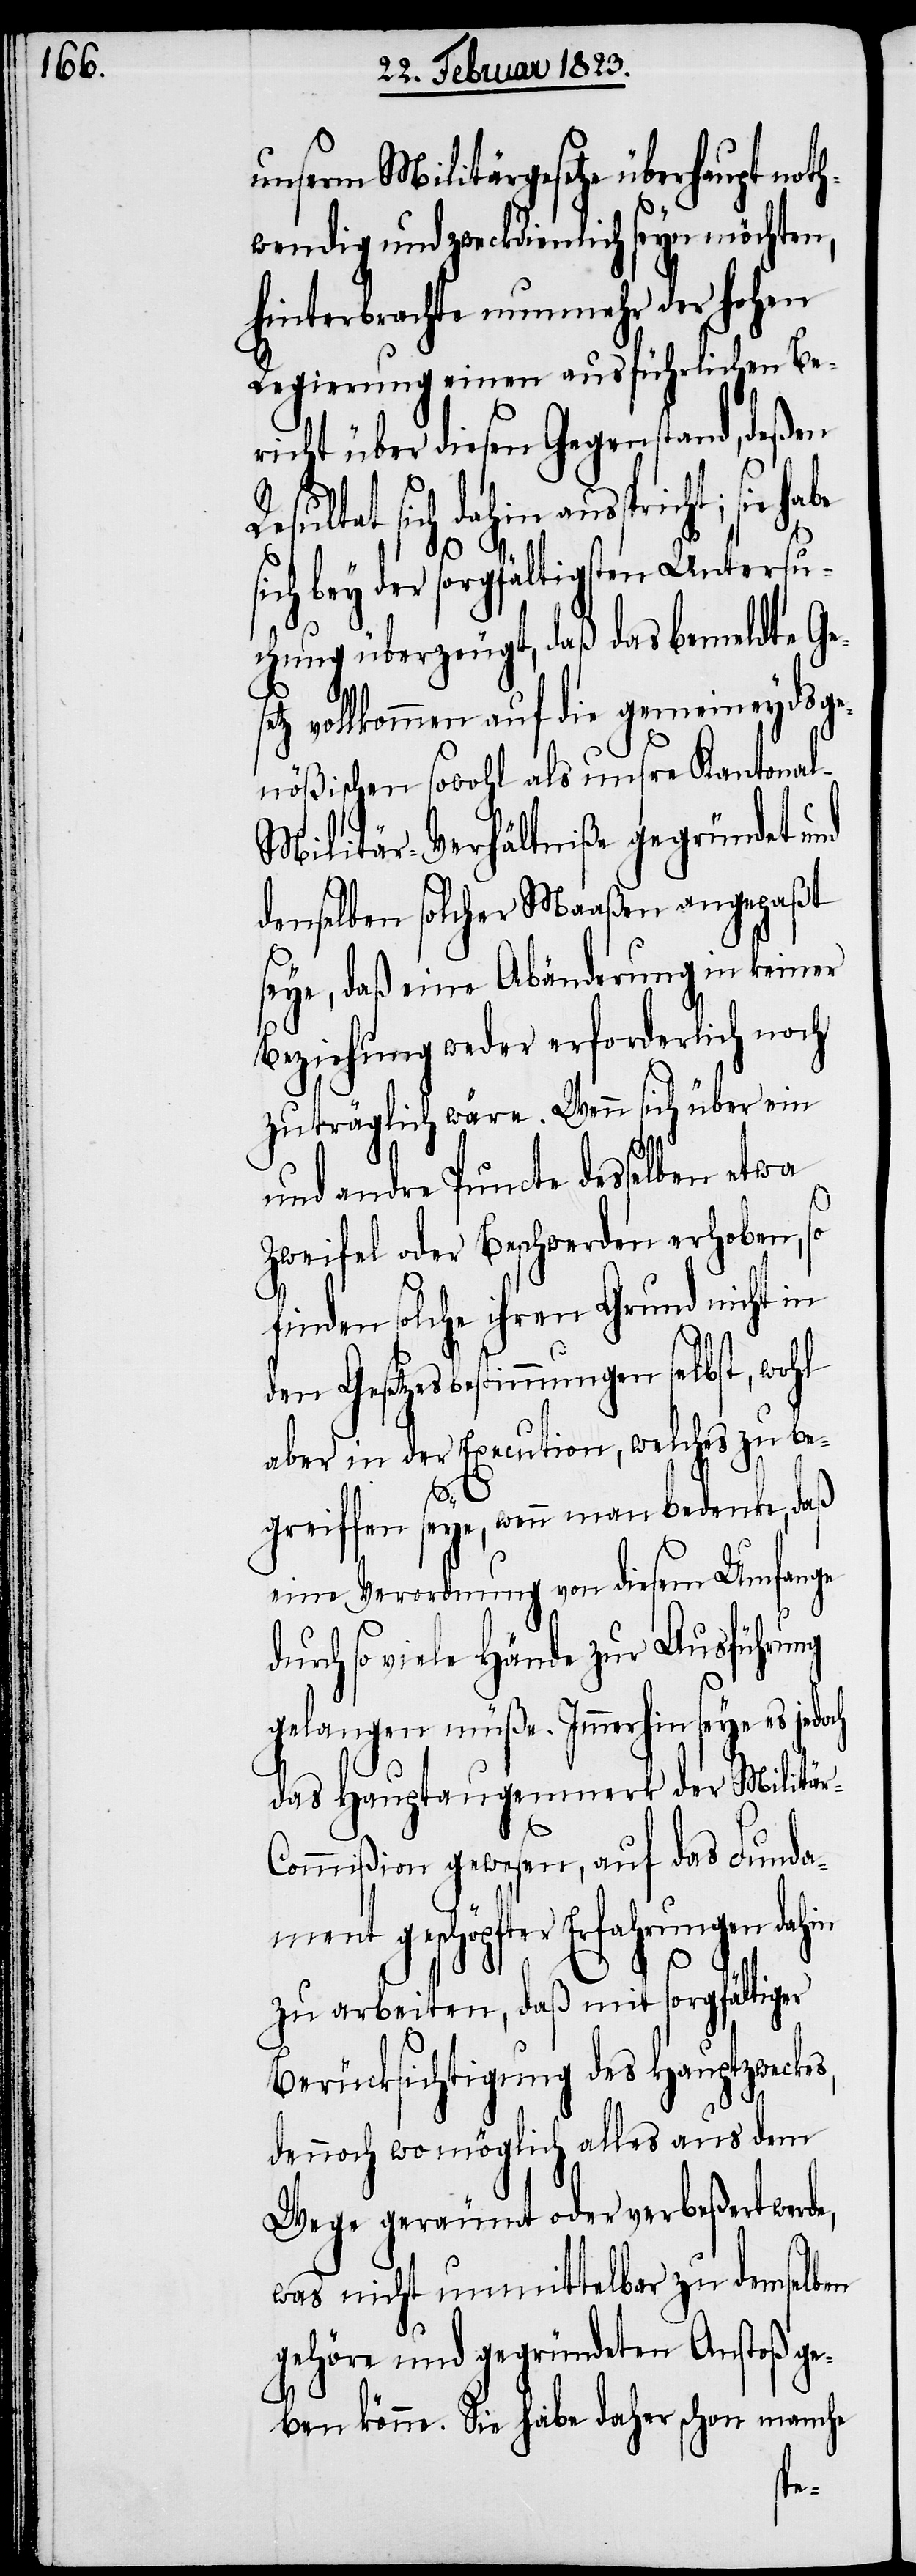
unserm Militärgesetze überhaupt noth¬
wendig und zweckdienlich seyn möchten,
hinterbrachte nunmehr der hohen
Regierung einen ausführlichen Be¬
richt über diesen Gegenstand, deßen
Resultat sich dahin ausspricht;
sich bey der sorgfältigsten Untersu¬
chung überzeugt, daß das bemeldte Ge¬
tz vollkommen auf die gemeineydsge¬
nößischen sowohl als unsre Kantona¬
l-Militär-Verhältniße gegründet und
denselben solcher Maaßen angepaßt
seye, daß eine Abänderung in keiner
Beziehung weder erforderlich noch
zuträglich wäre. Wenn sich über ein
und andre Puncte desselben etwa
Zweifel oder Beschwerden erhoben, so
finden solche ihren Grund nicht in
den Gesetzesbestimmungen selbst, wohl
aber in der Execution, welches zu be¬
r-C¬
greiffen seye, wenn man bedenke, daß
eine Verordnung von diesem Umfange
durch so viele Hände zur Ausführung
gelangen müße. Immerhin seye es
das Hauptaugenmerk der Militä¬
ommißion gewesen, auf das Funda¬
ment geschöpfter Erfahrungen dahin
zu arbeiten, daß mit sorgfältiger
Berücksichtigung des Hauptzweckes,
dennoch wo möglich alles aus dem
Wege geräumt oder verbeßert werde,
was nicht unmittelbar zu demselben
gehöre und gegründeten Anstoß ge¬
ben könne. Sie habe daher schon manche
se¬